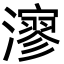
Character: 㵳